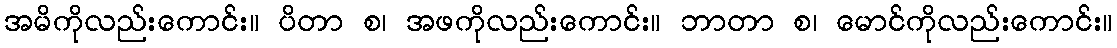
အမိကိုလည်းကောင်း။ ပိတာ စ၊ အဖကိုလည်းကောင်း။ ဘာတာ စ၊ မောင်ကိုလည်းကောင်း။